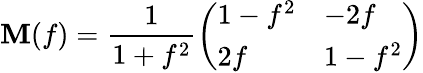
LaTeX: \mathbf{M}(f)=\frac{{1}}{{1+f^{2}}}\left(\begin{array}{ll}{{1-f^{2}}}&{{-2f}}\\ {{2f}}&{{1-f^{2}}}\end{array}\right)